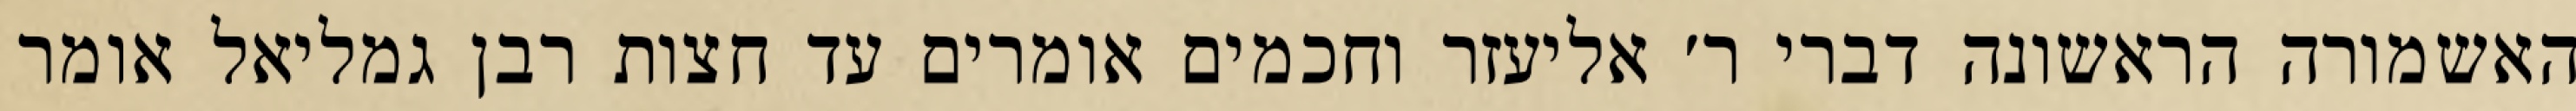
האשמורה הראשונה דברי ר׳ אליעזר וחכמים אומרים עד חצות רבן גמליאל אומר